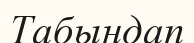
Табындап